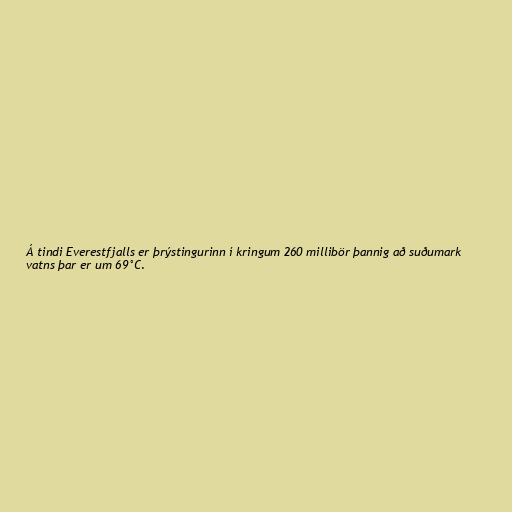
Á tindi Everestfjalls er þrýstingurinn í kringum 260 millibör þannig að suðumark
vatns þar er um 69°C.